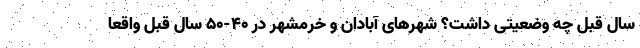
سال قبل چه وضعیتی داشت؟ شهرهای آبادان و خرمشهر در ۴۰-۵۰ سال قبل واقعا